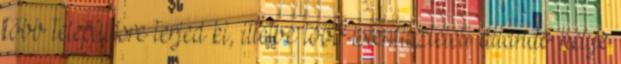
több településre terjed ki, illetve több istentiszteleti állandó helye